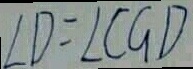
\angle D = \angle C G D